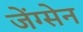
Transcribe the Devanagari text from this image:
जेंग्सेन